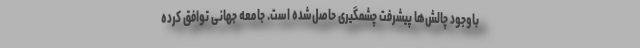
باوجود چالش‌ها پیشرفت چشمگیری حاصل‌شده است. جامعه جهانی توافق کرده